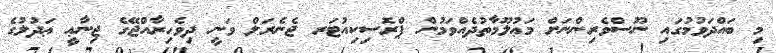
މި ބައްދަވުމުގައި ނޫސްވެރިންނަށް މަޢުލޫމާތުދެއްވަމުން ޕްރޮސިކިއުޓަރ ޖެނެރަލް ވަނީ ދިވެހިރާއްޖޭގެ ޖިނާޢީ ޢަދުލުގެ